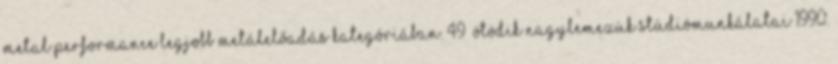
Metal Performance legjobb metálelőadás kategóriában. 49 Ötödik nagylemezük stúdiómunkálatai 1990.